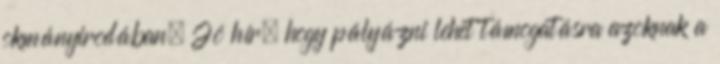
okmányirodában. Jó hír, hogy pályázni lehet támogatásra azoknak a